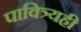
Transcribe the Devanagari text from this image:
पावित्र्यही